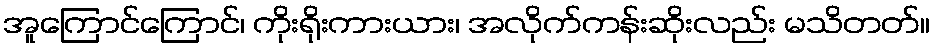
အူကြောင်ကြောင်၊ ကိုးရိုးကားယား၊ အလိုက်ကန်းဆိုးလည်း မသိတတ်။